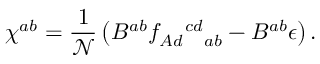
\chi ^ { a b } = \frac { 1 } { \mathcal { N } } \left( B ^ { a b } f _ { A d \, \, \, \, \, \, \, \, a b } ^ { \, \, \, \, \, \, \, \, \, c d } - B ^ { a b } \epsilon \right) .